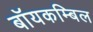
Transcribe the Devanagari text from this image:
बॉयकम्बिल